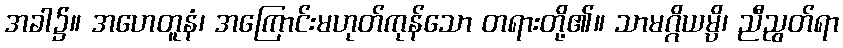
အခါ၌။ အဟေတူနံ၊ အကြောင်းမဟုတ်ကုန်သော တရားတို့၏။ သာမဂ္ဂိယမ္ပိ၊ ညီညွတ်ရာ